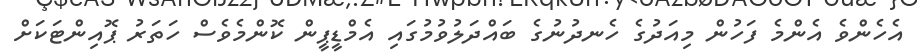
އެހެންވެ އެންމެ ފަހުން މިއަދުގެ ހެނދުނުގެ ބައްދަލުވުމުގައި އެމްޑީޕީން ކޮންމެވެސް ހަތަރު ޕޮއިންޓަކަށް